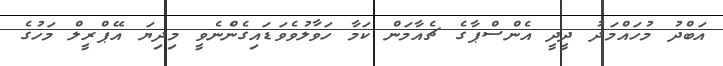
އަބްދު މުހައްމަދު ދީދީ އެންސްޕާގެ ޗެއާމަން ކަމާ ހަވާލުވެވަޑައިގެންެނެވީ މިދިޔަ އޭޕްރީލް މަހުގެ